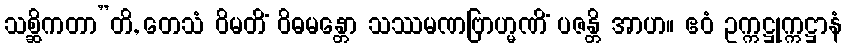
သစ္ဆိကတာ”တိ, တေသံ ဝိမတိံ ဝိဓမန္တော သဿမဏဗြာဟ္မဏိံ ပဇန္တိ အာဟ။ ဧဝံ ဥက္ကဋ္ဌုက္ကဋ္ဌာနံ